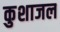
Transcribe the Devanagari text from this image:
कुशाजल